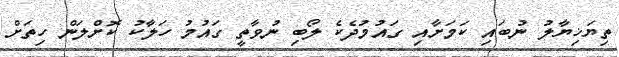
ތިޔަޚިޔާލު ނުބައި ކަމަށާއި ގައުމުދެކެ ލޯބި ނުވާތީ ގައުމު ހަލާކު ކޮށްލަން ހިތަށް